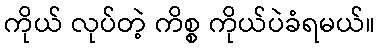
ကိုယ် လုပ်တဲ့ ကိစ္စ ကိုယ်ပဲခံရမယ်။